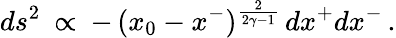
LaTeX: ds^{2}\: \propto\: -\, (x_{0}-x^{-})^{\frac{2}{2\gamma-1}}\, dx^{+}dx^{-}\, .